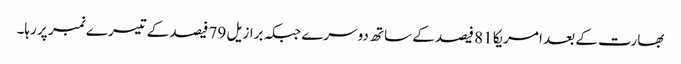
بھارت کے بعد امریکا 81 فیصد کے ساتھ دوسرے جبکہ برازیل 79 فیصد کے تیسرے نمبر پر رہا۔